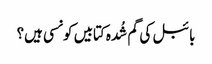
بائبل کی گم شُدہ کتابیں کونسی ہیں؟